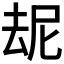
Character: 𪠝